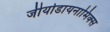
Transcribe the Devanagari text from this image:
जीयोडायनामिक्‍स